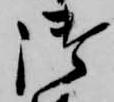
御